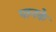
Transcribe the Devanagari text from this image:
पानके